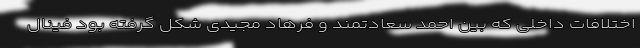
اختلافات داخلی که بین احمد سعادتمند و فرهاد مجیدی شکل گرفته بود فینال